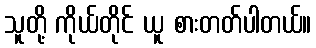
သူတို့ ကိုယ်တိုင် ယူ စားတတ်ပါတယ်။